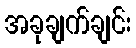
အခုချက်ချင်း